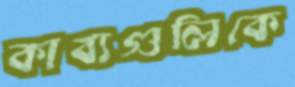
কাব্যগুলিকে